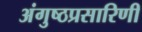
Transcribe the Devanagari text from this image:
अंगुष्ठप्रसारिणी